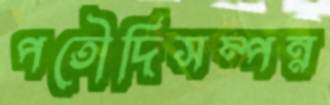
পতৌদিসম্পন্ন